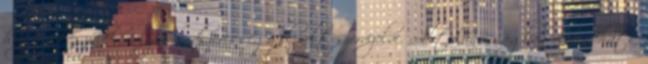
hogy a készülék milyen rendszerességgel volt szervizelve. Általánosságban elmondható,